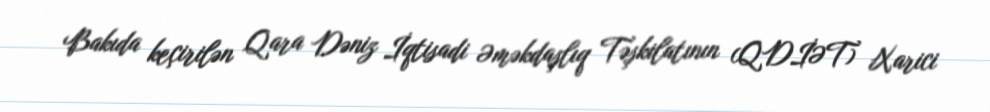
Bakıda keçirilən Qara Dəniz İqtisadi Əməkdaşlıq Təşkilatının (QDİƏT) Xarici